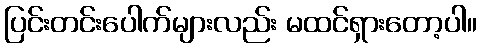
ပြင်းတင်းပေါက်များလည်း မထင်ရှားတော့ပါ။